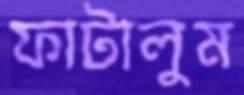
ফাটালুম